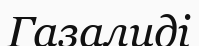
Газалиді